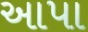
આપા